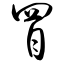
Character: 冒